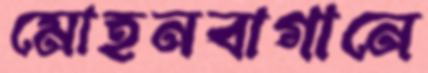
মোহনবাগানে